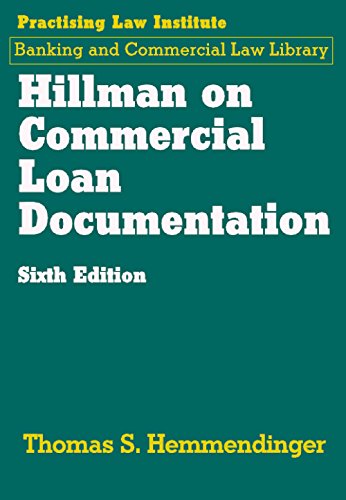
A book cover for Hillman on Commercial Loan Documentation (Pli Press's Commercial, Banking and Trade Law Library); Thomas S. Hemmendinger; Law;